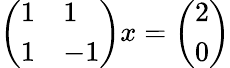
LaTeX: \left(\begin{array}{ll}{1}&{1}\\ {1}&{-1}\end{array}\right)x=\left(\begin{array}{l}{2}\\ {0}\end{array}\right)